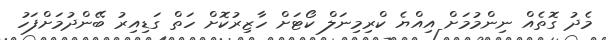
މެދު ގޮތެއް ނިންމުމަށް އިއްޔެ ކްރިމިނަލް ކޯޓަށް ހާޒިރުކޮށް ހަތް ގަޑިއިރު ބޭންދުމަށްފަހު